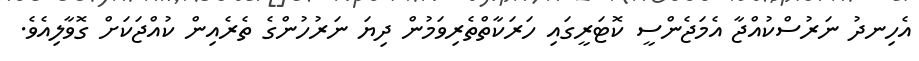
އެހިނދު ނަރުސްކުއްޖާ އެމަޖެންސީ ކޮޓަރީގައި ހަރަކާތްތެރިވަމުން ދިޔަ ނަރުހުންގެ ތެރެއިން ކުއްޖަކަށް ގޮވާލިއެވެ.